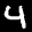
Digit: 4